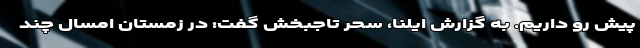
پیش رو داریم. به گزارش ایلنا، سحر تاجبخش گفت: در زمستان امسال چند